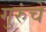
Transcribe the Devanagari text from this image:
गुरुंचे